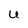
Character: U